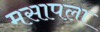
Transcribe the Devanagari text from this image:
मसापला